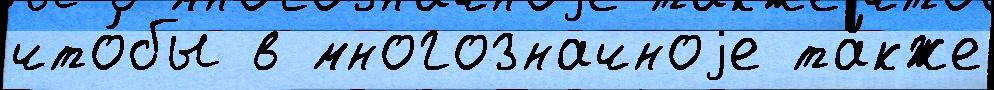
что́бы в многозначноjе та́кже